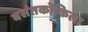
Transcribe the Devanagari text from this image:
बसंतकोकिला